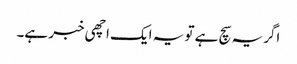
اگریہ سچ ہے تو یہ ایک اچھی خبر ہے۔